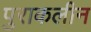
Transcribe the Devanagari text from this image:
पुराकलीन